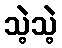
သဲ့သဲ့